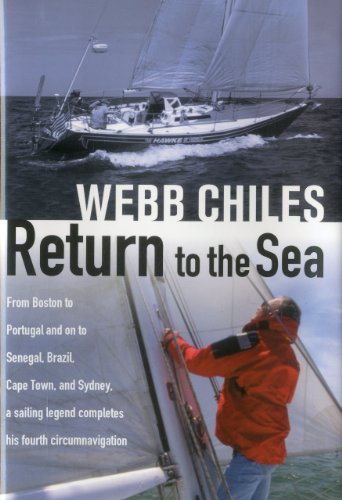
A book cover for Return to the Sea: From Boston to Portugal and on to Senegal, Brazil, Cape Town, and Sydney, a Sailing Legend Completes his Fourth Circumnavigation; Webb Chiles; Travel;